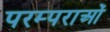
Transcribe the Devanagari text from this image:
परम्‍पराओं